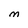
Character: M